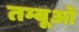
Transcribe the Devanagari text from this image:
तम्बूओं